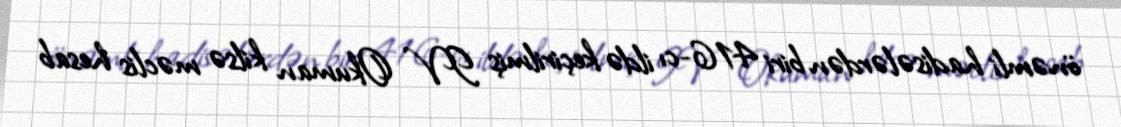
önəmli hadisələrdən biri 416-cı ildə keçirilmiş IV Okuman kilsə məclis hesab